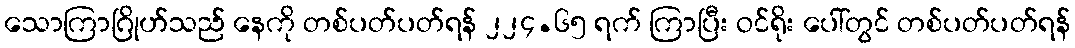
သောကြာဂြိုဟ်သည် နေကို တစ်ပတ်ပတ်ရန် ၂၂၄.၆၅ ရက် ကြာပြီး ဝင်ရိုး ပေါ်တွင် တစ်ပတ်ပတ်ရန်